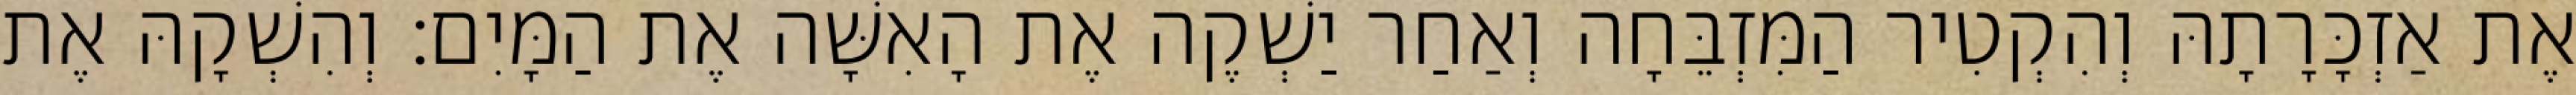
אֶת אַזְכָּרָתָהּ וְהִקְטִיר הַמִּזְבֵּחָה וְאַחַר יַשְׁקֶה אֶת הָאִשָּׁה אֶת הַמָּיִם׃ וְהִשְׁקָהּ אֶת